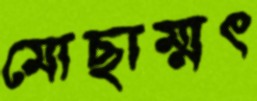
মোছাম্মৎ